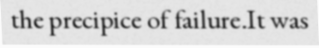
the precipice of failure.It was